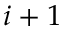
i + 1